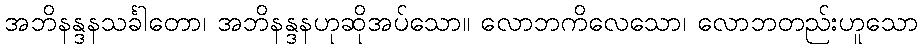
အဘိနန္ဒနသင်္ခါတော၊ အဘိနန္ဒနဟုဆိုအပ်သော။ လောဘကိလေသော၊ လောဘတည်းဟူသော